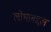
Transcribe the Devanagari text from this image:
लोभाबद्दल